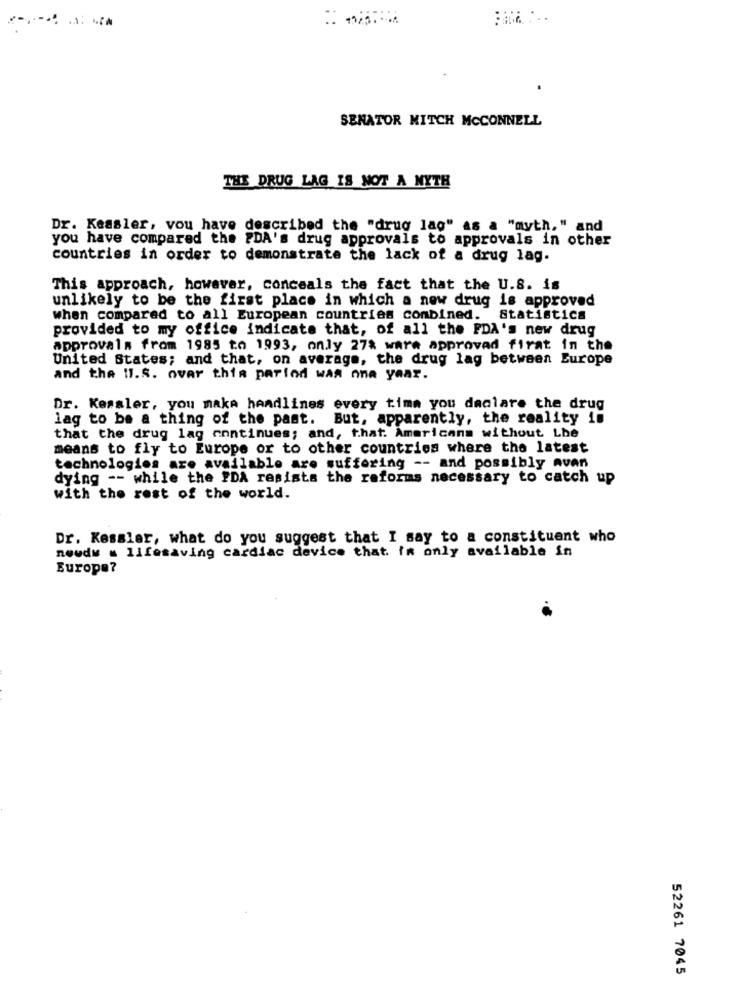
1025. ....
SENATOR MITCH MCCONNELL
THE DRUG LAG IS NOT A NYTH
Dr. Kessler, vou have described the "drug lag" as a "myth," and
you have compared the PDA's drug approvals to approvals in other
countries in order to demonstrate the lack of a drug lag.
This approach, however, conceals the fact that the U.S. is
unlikely to be the first place in which a new drug is approved
when compared to all European countries combined. Statistics
provided to my office indicate that, of all the FDA's new drug
approvals from 1985 to 1993, only 27% ware approved firat in the
United States; and that, on average, the drug lag between Europe
and the Il.S. ovar thia parlod wan nna yaar.
Dr. Kemaler, you make headlines every time you daclare the drug
lag to be a thing of the past. But, apparently, the reality in
that the drug lag anntinues; and, that. Americans without Lhe
means to fly to Europe or to other countries where the latest
technologies are available are suffering -- and possibly aven
dying -- while the FDA resists the reforms necessary to catch up
with the rest of the world.
Dr. Kessler, what do you suggest that I say to a constituent who
newdw . lifesaving cardiac device that in only available in
Europe?
52261 7045